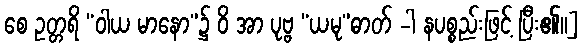
စေ ဥတ္တရိ “ဝါယ မာနော”၌ ဝိ အာ ပုဗ္ဗ “ယမု”ဓာတ် -ါ နပစ္စည်းဖြင့် ပြီး၏။]